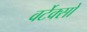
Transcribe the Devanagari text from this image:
वर्टेक्सों